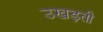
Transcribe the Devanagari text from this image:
उखड़ती